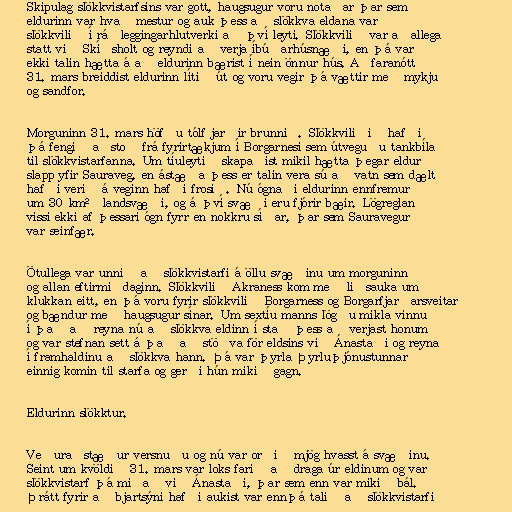
Skipulag slökkvistarfsins var gott, haugsugur voru notaðar þar sem
eldurinn var hvað mestur og auk þess að slökkva eldana var
slökkvilið í ráðleggingarhlutverki að því leyti. Slökkvilið var aðallega
statt við Skíðsholt og reyndi að verja íbúðarhúsnæði, en þá var
ekki talin hætta á að eldurinn bærist í nein önnur hús. Aðfaranótt
31. mars breiddist eldurinn lítið út og voru vegir þá vættir með mykju
og sandfor.

Morguninn 31. mars höfðu tólf jarðir brunnið. Slökkviliðið hafði
þá fengið aðstoð frá fyrirtækjum í Borgarnesi sem útveguðu tankbíla
til slökkvistarfanna. Um tíuleytið skapaðist mikil hætta þegar eldur
slapp yfir Sauraveg, en ástæða þess er talin vera sú að vatn sem dælt
hafði verið á veginn hafði frosið. Nú ógnaði eldurinn ennfremur
um 30 km² landsvæði, og á því svæði eru fjórir bæir. Lögreglan
vissi ekki af þessari ógn fyrr en nokkru síðar, þar sem Sauravegur
var seinfær.

Ötullega var unnið að slökkvistarfi á öllu svæðinu um morguninn
og allan eftirmiðdaginn. Slökkvilið Akraness kom með liðsauka um
klukkan eitt, en þá voru fyrir slökkvilið Borgarness og Borgarfjarðarsveitar
og bændur með haugsugur sínar. Um sextíu manns lögðu mikla vinnu
í það að reyna nú að slökkva eldinn í stað þess að verjast honum
og var stefnan sett á það að stöðva för eldsins við Ánastaði og reyna
í framhaldinu að slökkva hann. Þá var þyrla Þyrluþjónustunnar
einnig komin til starfa og gerði hún mikið gagn.

Eldurinn slökktur.

Veðuraðstæður versnuðu og nú var orðið mjög hvasst á svæðinu.
Seint um kvöldið 31. mars var loks farið að draga úr eldinum og var
slökkvistarf þá miðað við Ánastaði, þar sem enn var mikið bál.
Þrátt fyrir að bjartsýni hafði aukist var ennþá talið að slökkvistarfi